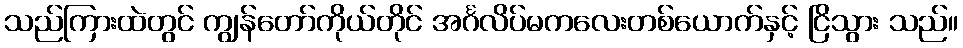
သည်ကြားထဲတွင် ကျွန်တော်ကိုယ်တိုင် အင်္ဂလိပ်မကလေးတစ်ယောက်နှင့် ငြိသွား သည်။